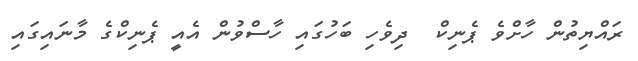
ރައްޔިތުން ހާށްވެ ޕެނިކް  ދިވެހި ބަހުގައި ހާސްވުން އެއީ ޕެނިކްގެ މާނައިގައި